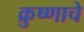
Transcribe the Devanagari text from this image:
क्रुष्णाचे